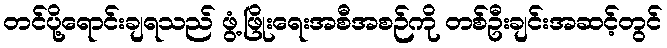
တင်ပို့ရောင်းချရသည် ဖွံ့ဖြိုးရေးအစီအစဉ်ကို တစ်ဦးချင်းအဆင့်တွင်